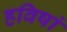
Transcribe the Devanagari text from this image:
हविषां